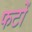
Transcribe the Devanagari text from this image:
फटों